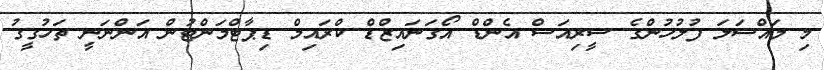
މި މައްސަލަ ފުލުހުންގެ ސީރިއަސް އެންޑް އޯގަނައިޒްޑް ކްރައިމް ޑިޕާޓްމަންޓުން އަންނަނީ ތަހުގީގު